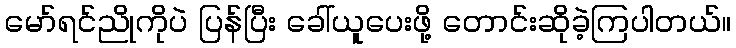
မော်ရင်ညိုကိုပဲ ပြန်ပြီး ခေါ်ယူပေးဖို့ တောင်းဆိုခဲ့ကြပါတယ်။